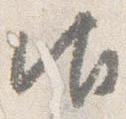
御